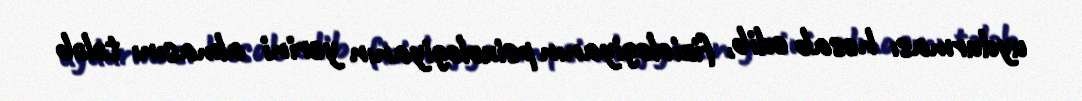
uydurması hesab edib, fiziologiyanın psixologiyanın yerini almasını tələb